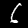
Label: 6